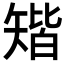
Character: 𥏪